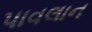
પાવલાન